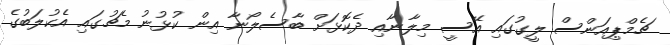
ޗެމްޕިއަންސް ލީގުގައި އޭސީ މިލާނާއި ދެކޮޅަށް ބާސެލޯނާ އިން ކުޅުނު މެޗުގައި އެކުލަބުގެ